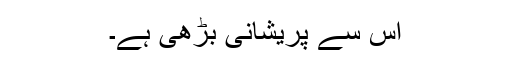
اس سے پریشانی بڑھی ہے۔